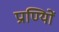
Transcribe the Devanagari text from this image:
प्राण्यिों